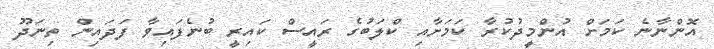
އޮންނާނެ ކަމަށް އުންމީދުކުރާ ކަމަށާއި ކްލަބުގެ ރައީސް ކައިރީ ބުނެފައިވާ ފަދައިން ތިނަދޫ